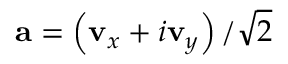
\mathbf { a } = \left( \mathbf { v } _ { x } + i \mathbf { v } _ { y } \right) / \sqrt { 2 }